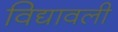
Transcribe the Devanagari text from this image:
विद्यावली